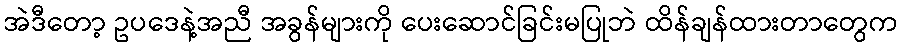
အဲဒီတော့ ဥပဒေနဲ့အညီ အခွန်များကို ပေးဆောင်ခြင်းမပြုဘဲ ထိန်ချန်ထားတာတွေက